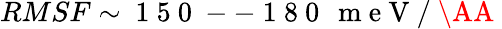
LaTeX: RMSF\sim\mathrm{~1~5~0~--~1~8~0~}\, \mathrm{~m~e~V~/~\AA~}